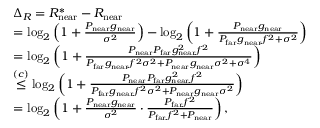
\begin{array} { r l } & { \Delta _ { R } = R _ { \mathrm { n e a r } } ^ { * } - R _ { \mathrm { n e a r } } } \\ & { = \log _ { 2 } \left( 1 + \frac { P _ { \mathrm { n e a r } } g _ { \mathrm { n e a r } } } { \sigma ^ { 2 } } \right) - \log _ { 2 } \left( 1 + \frac { P _ { \mathrm { n e a r } } g _ { \mathrm { n e a r } } } { P _ { \mathrm { f a r } } g _ { \mathrm { n e a r } } f ^ { 2 } + \sigma ^ { 2 } } \right) } \\ & { = \log _ { 2 } \left( 1 + \frac { P _ { \mathrm { n e a r } } P _ { \mathrm { f a r } } g _ { \mathrm { n e a r } } ^ { 2 } f ^ { 2 } } { P _ { \mathrm { f a r } } g _ { \mathrm { n e a r } } f ^ { 2 } \sigma ^ { 2 } + P _ { \mathrm { n e a r } } g _ { \mathrm { n e a r } } \sigma ^ { 2 } + \sigma ^ { 4 } } \right) } \\ & { \stackrel { ( c ) } { \le } \log _ { 2 } \left( 1 + \frac { P _ { \mathrm { n e a r } } P _ { \mathrm { f a r } } g _ { \mathrm { n e a r } } ^ { 2 } f ^ { 2 } } { P _ { \mathrm { f a r } } g _ { \mathrm { n e a r } } f ^ { 2 } \sigma ^ { 2 } + P _ { \mathrm { n e a r } } g _ { \mathrm { n e a r } } \sigma ^ { 2 } } \right) } \\ & { = \log _ { 2 } \left( 1 + \frac { P _ { \mathrm { n e a r } } g _ { \mathrm { n e a r } } } { \sigma ^ { 2 } } \cdot \frac { P _ { \mathrm { f a r } } f ^ { 2 } } { P _ { \mathrm { f a r } } f ^ { 2 } + P _ { \mathrm { n e a r } } } \right) , } \end{array}